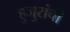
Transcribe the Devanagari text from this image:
हुजुरांची